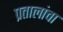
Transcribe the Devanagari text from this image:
प्रतालांचा